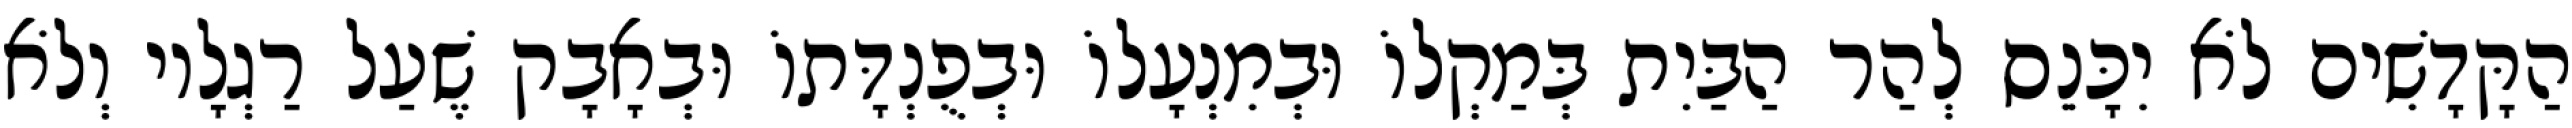
הַקָּדָשִׁים לֹא יִכָּנֵס לְהַר הַבַּיִת בְּמַקְלוֹ וּבְמִנְעָלוֹ וּבְפֻנְדָּתוֹ וּבְאָבָק שֶׁעַל רַגְלָיו וְלֹא